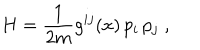
H = \frac { 1 } { 2 m } g ^ { i j } ( x ) \, p _ { i } \, p _ { j } \; ,